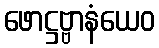
ဖောဋ္ဌဗ္ဗာနံယေဝ